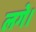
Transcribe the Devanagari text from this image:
लगे।